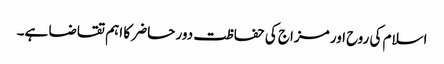
اسلام کی روح اور مزاج کی حفاظت دور حاضر کا اہم تقاضا ہے۔